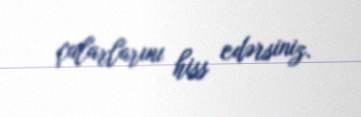
çalarlarını hiss edərsiniz.